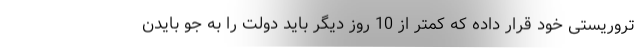
تروریستی خود قرار داده که کمتر از 10 روز دیگر باید دولت را به جو بایدن